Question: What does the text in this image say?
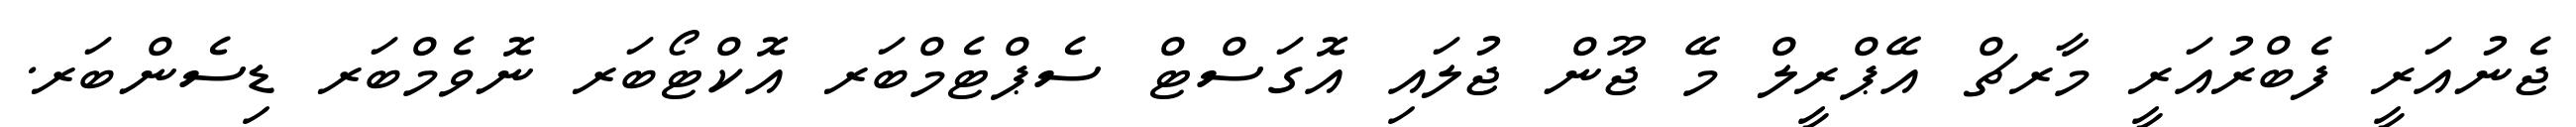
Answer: ޖެނުއަރީ ފެބްރުއަރީ މާރޗް އޭޕްރީލް މޭ ޖޫން ޖުލައި އޮގަސްޓް ސެޕްޓެމްބަރ އޮކްޓޯބަރ ނޮވެމްބަރ ޑިސެންބަރ.